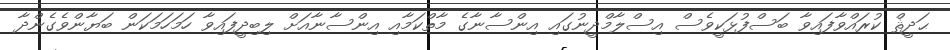
ޙަދީޘް ކުރައްވާފައިވާ ބަސްފުޅަކީވެސް އިސްލާމްދީނުގައި އިންސާނާގެ މާތްކަމާއި އިންސާނާއަށް ލިބިދީފައިވާ ހަމަހަމަކަން ބަޔާންވެގެންދާ